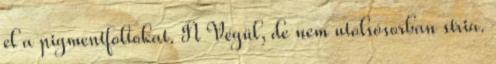
el a pigmentfoltokat. N Végül, de nem utolsósorban stria.